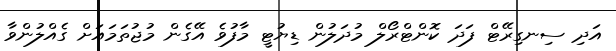
އަދި ސިނގިރޭޓް ފަދަ ކޮންޓްރޯލް މުދަލުން ޑިޔުޓީ މާފުވެ އޭގެން މުޖުތަމައަށް ގެއްލުންވާ